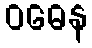
ဝဓေန